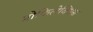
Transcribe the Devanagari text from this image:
प्रोफिलेक्सिस